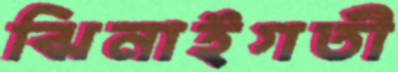
ঝিনাইগতী